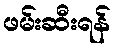
ဖမ်းဆီးရန်